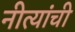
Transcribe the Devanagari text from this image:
नीत्यांची